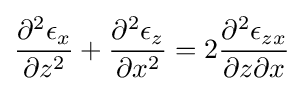
{\frac {\partial ^{2}\epsilon _{x}}{\partial z^{2}}}+{\frac {\partial ^{2}\epsilon _{z}}{\partial x^{2}}}=2{\frac {\partial ^{2}\epsilon _{zx}}{\partial z\partial x}}